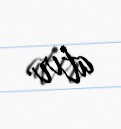
atır.